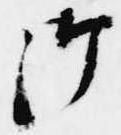
御